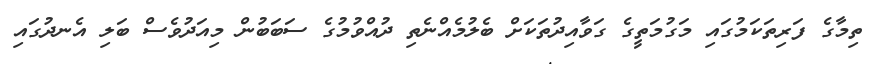
ތިމާގެ ފަރިތަކަމުގައި މަގުމަތީގެ ގަވާއިދުތަކަށް ބެލުމެއްނެތި ދުއްވުމުގެ ސަބަބުން މިއަދުވެސް ބަލި އެނދުގައި